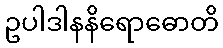
ဥပါဒါနနိရောဓောတိ